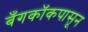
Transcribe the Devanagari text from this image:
बँगकॉकपासून